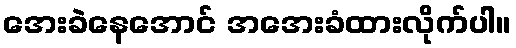
အေးခဲနေအောင် အအေးခံထားလိုက်ပါ။